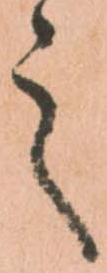
之